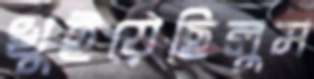
খুইয়েছিলুম